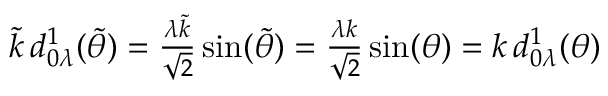
\begin{array} { r } { \tilde { k } \, d _ { 0 \lambda } ^ { 1 } ( \tilde { \theta } ) = \frac { \lambda \tilde { k } } { \sqrt { 2 } } \sin ( \tilde { \theta } ) = \frac { \lambda k } { \sqrt { 2 } } \sin ( \theta ) = k \, d _ { 0 \lambda } ^ { 1 } ( \theta ) } \end{array}